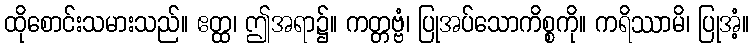
ထိုစောင်းသမားသည်။ ဧတ္ထ၊ ဤအရာ၌။ ကတ္တဗ္ဗံ၊ ပြုအပ်သောကိစ္စကို။ ကရိဿာမိ၊ ပြုအံ့။